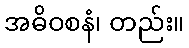
အဓိဝစနံ၊ တည်း။